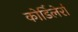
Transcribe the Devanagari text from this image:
कोर्डिलेर्रा